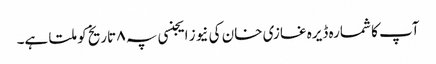
آپ کا شمارہ ڈیرہ غازی خان کی نیوز ایجنسی پہ ۸ تاریخ کو ملتا ہے۔